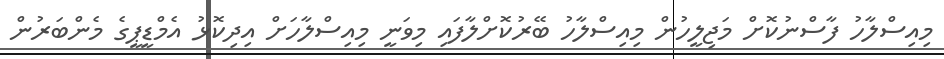
މިއިސްލާހު ފާސްނުކޮށް މަޖިލީހުން މިއިސްލާހު ބޭރުކޮށްލާފައި މިވަނީ މިއިސްލާހަށް އިދިކޮޅު އެމްޑީޕީގެ މެންބަރުން